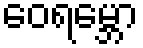
ဝေရမ္ဘော